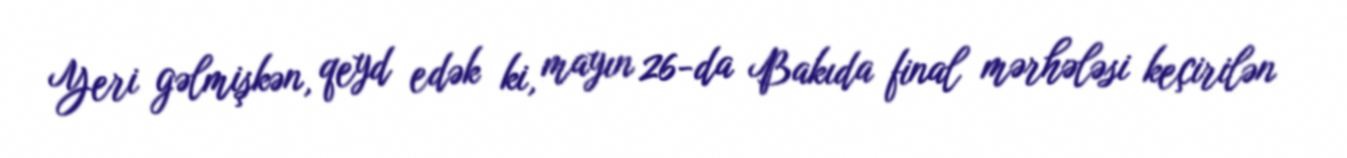
Yeri gəlmişkən, qeyd edək ki, mayın 26-da Bakıda final mərhələsi keçirilən